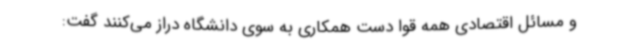
و مسائل اقتصادی همه قوا دست همکاری به سوی دانشگاه دراز می‌کنند گفت: